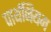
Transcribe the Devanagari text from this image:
पार्थनियम